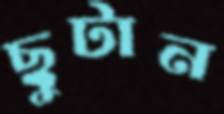
ছুটান